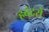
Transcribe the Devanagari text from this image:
हबंदरों